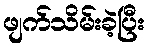
ဖျက်သိမ်းခဲ့ပြီး